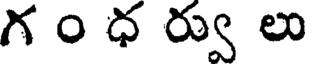
గ ం ధ ర్వు లు